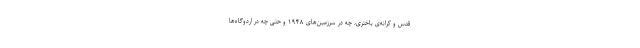
قدس و کرانه‌ی باختری، چه در سرزمین‌های ۱۹۴۸ و حتّی چه در اردوگاه‌ها